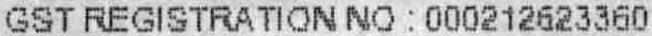
GST REGISTRATION NO : 000212623360